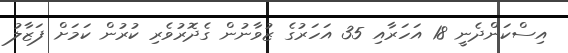
އިސްކަންދެނީ 18 އަހަރާއި 35 އަހަރުގެ ޒުވާނުން ގެދޮރުވެރި ކުރުން ކަމަށް ފަޒާލު